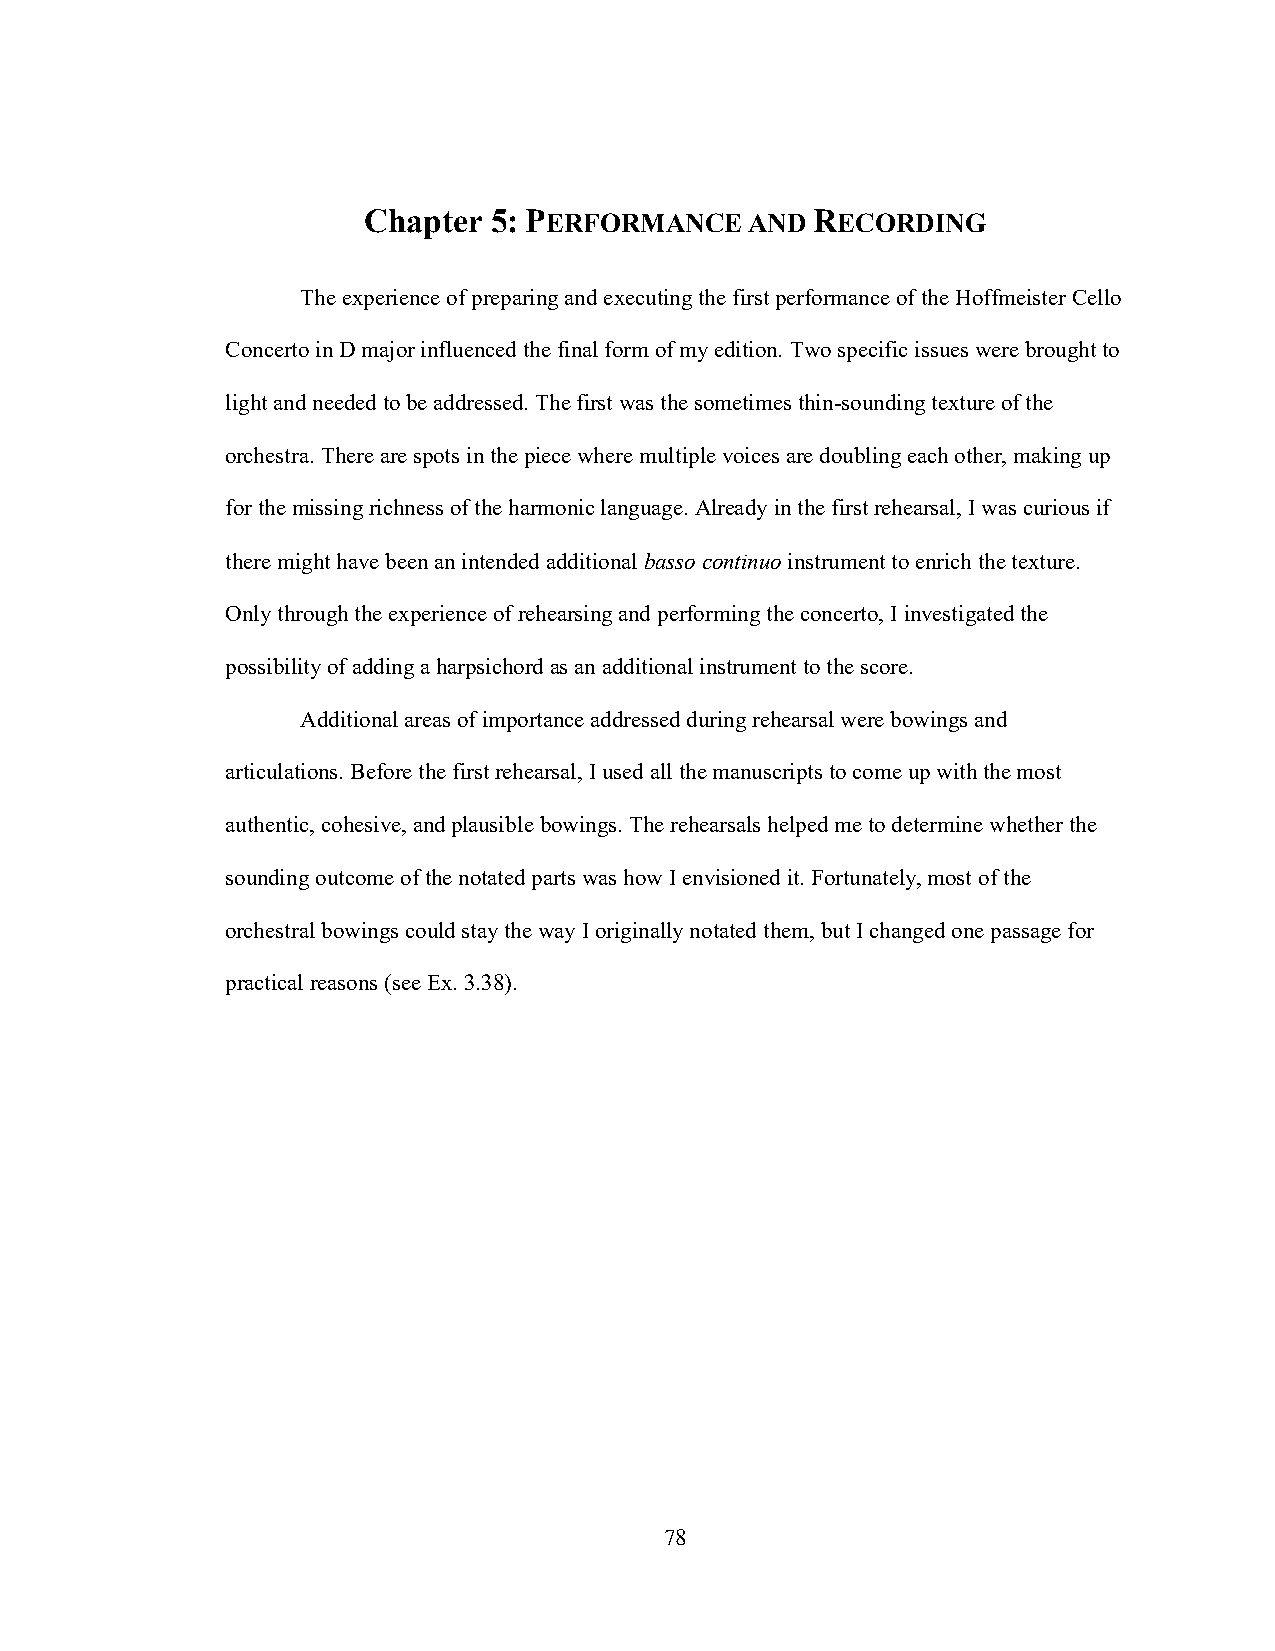
Chapter 5: PERFORMANCE    AND RECORDING
 The experience of preparing and executing the first performance of the Hoffmeister Cello
 Concerto in D major influenced the final form of my edition. Two specific issues were brought to
 light and needed to be addressed. The first was the sometimes thin-sounding texture of the
 orchestra. There are spots in the piece where multiple voices are doubling each other, making up
 for the missing richness of the harmonic language. Already in the first rehearsal, I was curious if
 there might have been an intended additional basso continuo instrument to enrich the texture.
 Only through the experience of rehearsing and performing the concerto, I investigated the
 possibility of adding a harpsichord as an additional instrument to the score.
 Additional areas of importance addressed during rehearsal were bowings and
 articulations. Before the first rehearsal, I used all the manuscripts to come up with the most
 authentic, cohesive, and plausible bowings. The rehearsals helped me to determine whether the
 sounding outcome of the notated parts was how I envisioned it. Fortunately, most of the
 orchestral bowings could stay the way I originally notated them, but I changed one passage for
 practical reasons (see Ex. 3.38).
 78